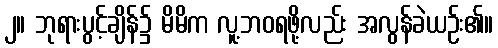
၂။ ဘုရားပွင့်ချိန်၌ မိမိက လူ့ဘဝရဖို့လည်း အလွန်ခဲယဉ်း၏။